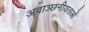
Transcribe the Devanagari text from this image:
अवाञ्छनीयताओं